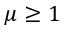
\mu \ge 1